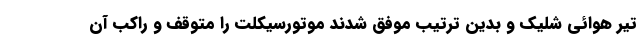
تیر هوائی شلیک و بدین ترتیب موفق شدند موتورسیکلت را متوقف و راکب آن